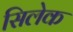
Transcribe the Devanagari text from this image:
सिलेक